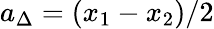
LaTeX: a_{\Delta}=(x_{1}-x_{2})/2